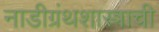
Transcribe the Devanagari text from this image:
नाडीग्रंथशास्त्राची